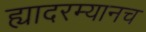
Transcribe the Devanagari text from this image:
ह्यादरम्यानच